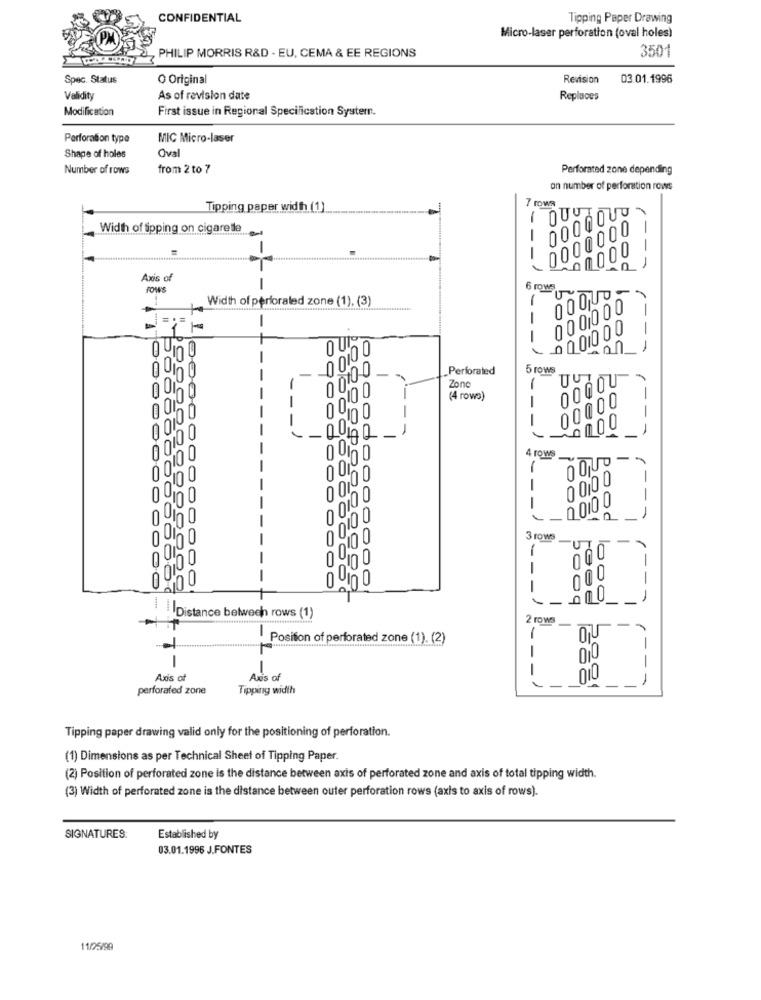
CONFIDENTIAL
Tipping Paper Drawing
Micro-laser perforation (oval holes)
3501
PHILIP MORRIS R&D - EU, CEMA & EE REGIONS
Spec. Status
O Original
Revision
03.01.1996
Validity
As of revision date
Replaces
Modification
First issue in Regional Specification Systern.
Perforation type
MIC Micro-laser
Shape of holes
Oval
Number of rows
from 2 to 7
Perforated zone depending
on number of perforation rows
7 FWR
Tipping paper width (1)
1
Width of Sipping on cigaretle
0000000
1
00000
--
-
Axis of
rows
1 ---
6 rows
DOQUO-
Width of perforated zone (1), (3)
1
000000
-
00 010 00
--
O UN
0.000 0
00.00
Perforated
5 rows
10
nl
00.00
Zone
-
(4 rows)
-
00000
-
--
0000
-1
0
00100
4 rows
10
-.
00,00
0
1
0 0,00
00
-
00
0 010 0
-
10
0
10
0
3 rows
nu
0
0,
--
Inu
nGO
000
0
-
Distance between rows (1)
2 rows
Position of perforated zone (1). (2)
1
1
-
----
-
Axis of
Axes of
--- /
perforafed zone
Tipping width
--
Tipping paper drawing valid only for the positioning of perforation.
(1) Dimensions as per Technical Sheet of Tipping Paper.
(2) Position of perforated zone is the distance between axis of perforated zone and axis of total tipping width.
(3) Width of perforated zone is the distance between outer perforation rows (axis to axis of rows).
SIGNATURES:
Established by
03.01.1996 J.FONTES
11/25/99